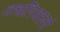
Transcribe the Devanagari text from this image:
कालिक्स्तो